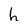
Character: h